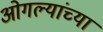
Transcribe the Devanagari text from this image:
ओगल्यांच्या